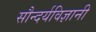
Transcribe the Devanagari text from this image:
सौन्दर्यविज्ञानी